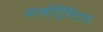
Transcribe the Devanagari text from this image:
आर्बोर्ट्रिस्टिस